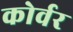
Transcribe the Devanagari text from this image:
कोर्वर